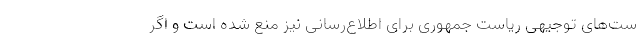
ست‌های توجیهی ریاست جمهوری برای اطلاع‌رسانی نیز منع شده است و اگر